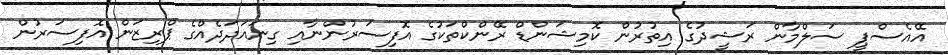
އޭއެސްޕީ ސަލްމާން ރަޝީދުގެ އިތުރުން ކޮމިޝަންޑް ރޭންކްތަކުގެ އޮފިސަރުންނާއި ގިނައަދަދެއްގެ ޕްރިޒަން އޮފިސަރުން